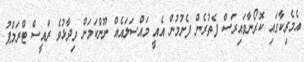
އެމެރިކާގައި ކޮރޯނާވައިރަސް ފެތުރެން ފެށުމުން އެއީ މައްސަލައެއް ނޫންކަމަށް ވިދާޅުވެ ރައީސް ޓްރަމްޕު